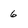
Character: 6